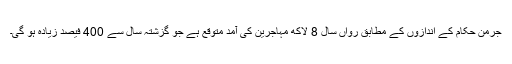
جرمن حکام کے اندازوں کے مطابق رواں سال 8 لاکھ مہاجرین کی آمد متوقع ہے جو گزشتہ سال سے 400 فیصد زیادہ ہو گی۔